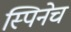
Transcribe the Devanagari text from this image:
स्पिनेच